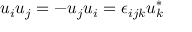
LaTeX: u _ { i } u _ { j } = - u _ { j } u _ { i } = \epsilon _ { i j k } u _ { k } ^ { * }